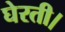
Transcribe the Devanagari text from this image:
घेरती।